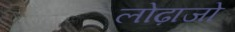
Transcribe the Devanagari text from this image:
लोढ़ाजो